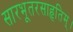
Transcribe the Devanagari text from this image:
सारभूतरसाहृतिम्।